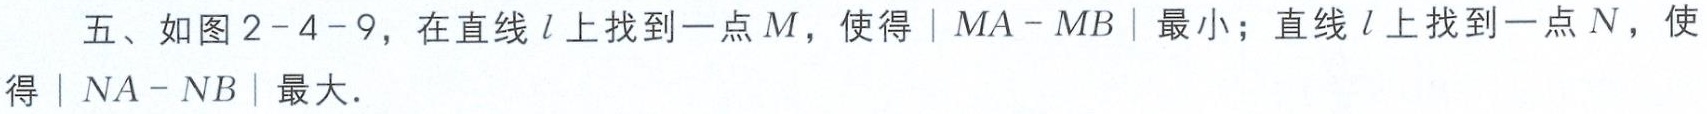
五、如图2 - 4 - 9，在直线\(l\)上找到一点\(M\)，使得\(\vert MA - MB\vert\)最小；直线\(l\)上找到一点\(N\)，使得\(\vert NA - NB\vert\)最大．